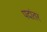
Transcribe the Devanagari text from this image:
पदांतर